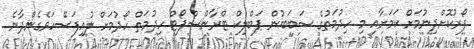
ފޯރުކޮށްދިނުމަށް ކަމަށާއި މި ހިދުމަތުގެ ސަބަބުން ޕަބްލިކް ޓްރާންސްޕޯޓް ހިދުމަތް ހޯދުމަށް ލުއިފަސޭހަވެގެންދާނެ